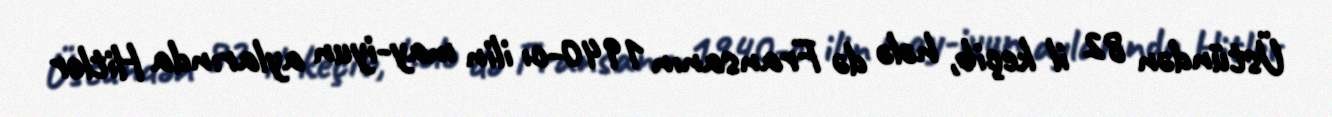
Üstündən 82 il keçib, hələ də Fransanın 1940-cı ilin may-iyun aylarında Hitler